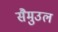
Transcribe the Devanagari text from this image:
सैमुउल